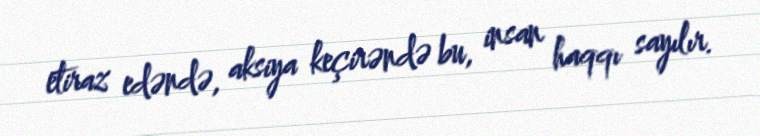
etiraz edəndə, aksiya keçirəndə bu, insan haqqı sayılır.